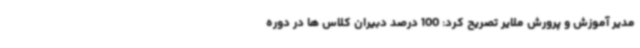
مدیر آموزش و پرورش ملایر تصریح کرد: 100 درصد دبیران کلاس ها در دوره